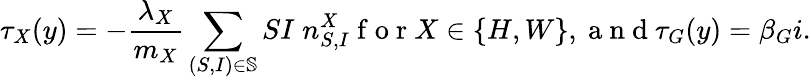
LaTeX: \tau_{X}(y)=-\frac{\lambda_{X}}{m_{X}}\sum_{(S,I)\in\mathbb{S}}SI\; n_{S,I}^{X}\mathrm{~f~o~r~}X\in\{ H,W\} ,\mathrm{~a~n~d~}\tau_{G}(y)=\beta_{G}i.